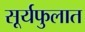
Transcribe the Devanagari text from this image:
सूर्यफुलात